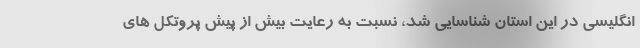
انگلیسی در این استان شناسایی شد، نسبت به رعایت بیش از پیش پروتکل های